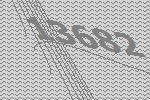
13682